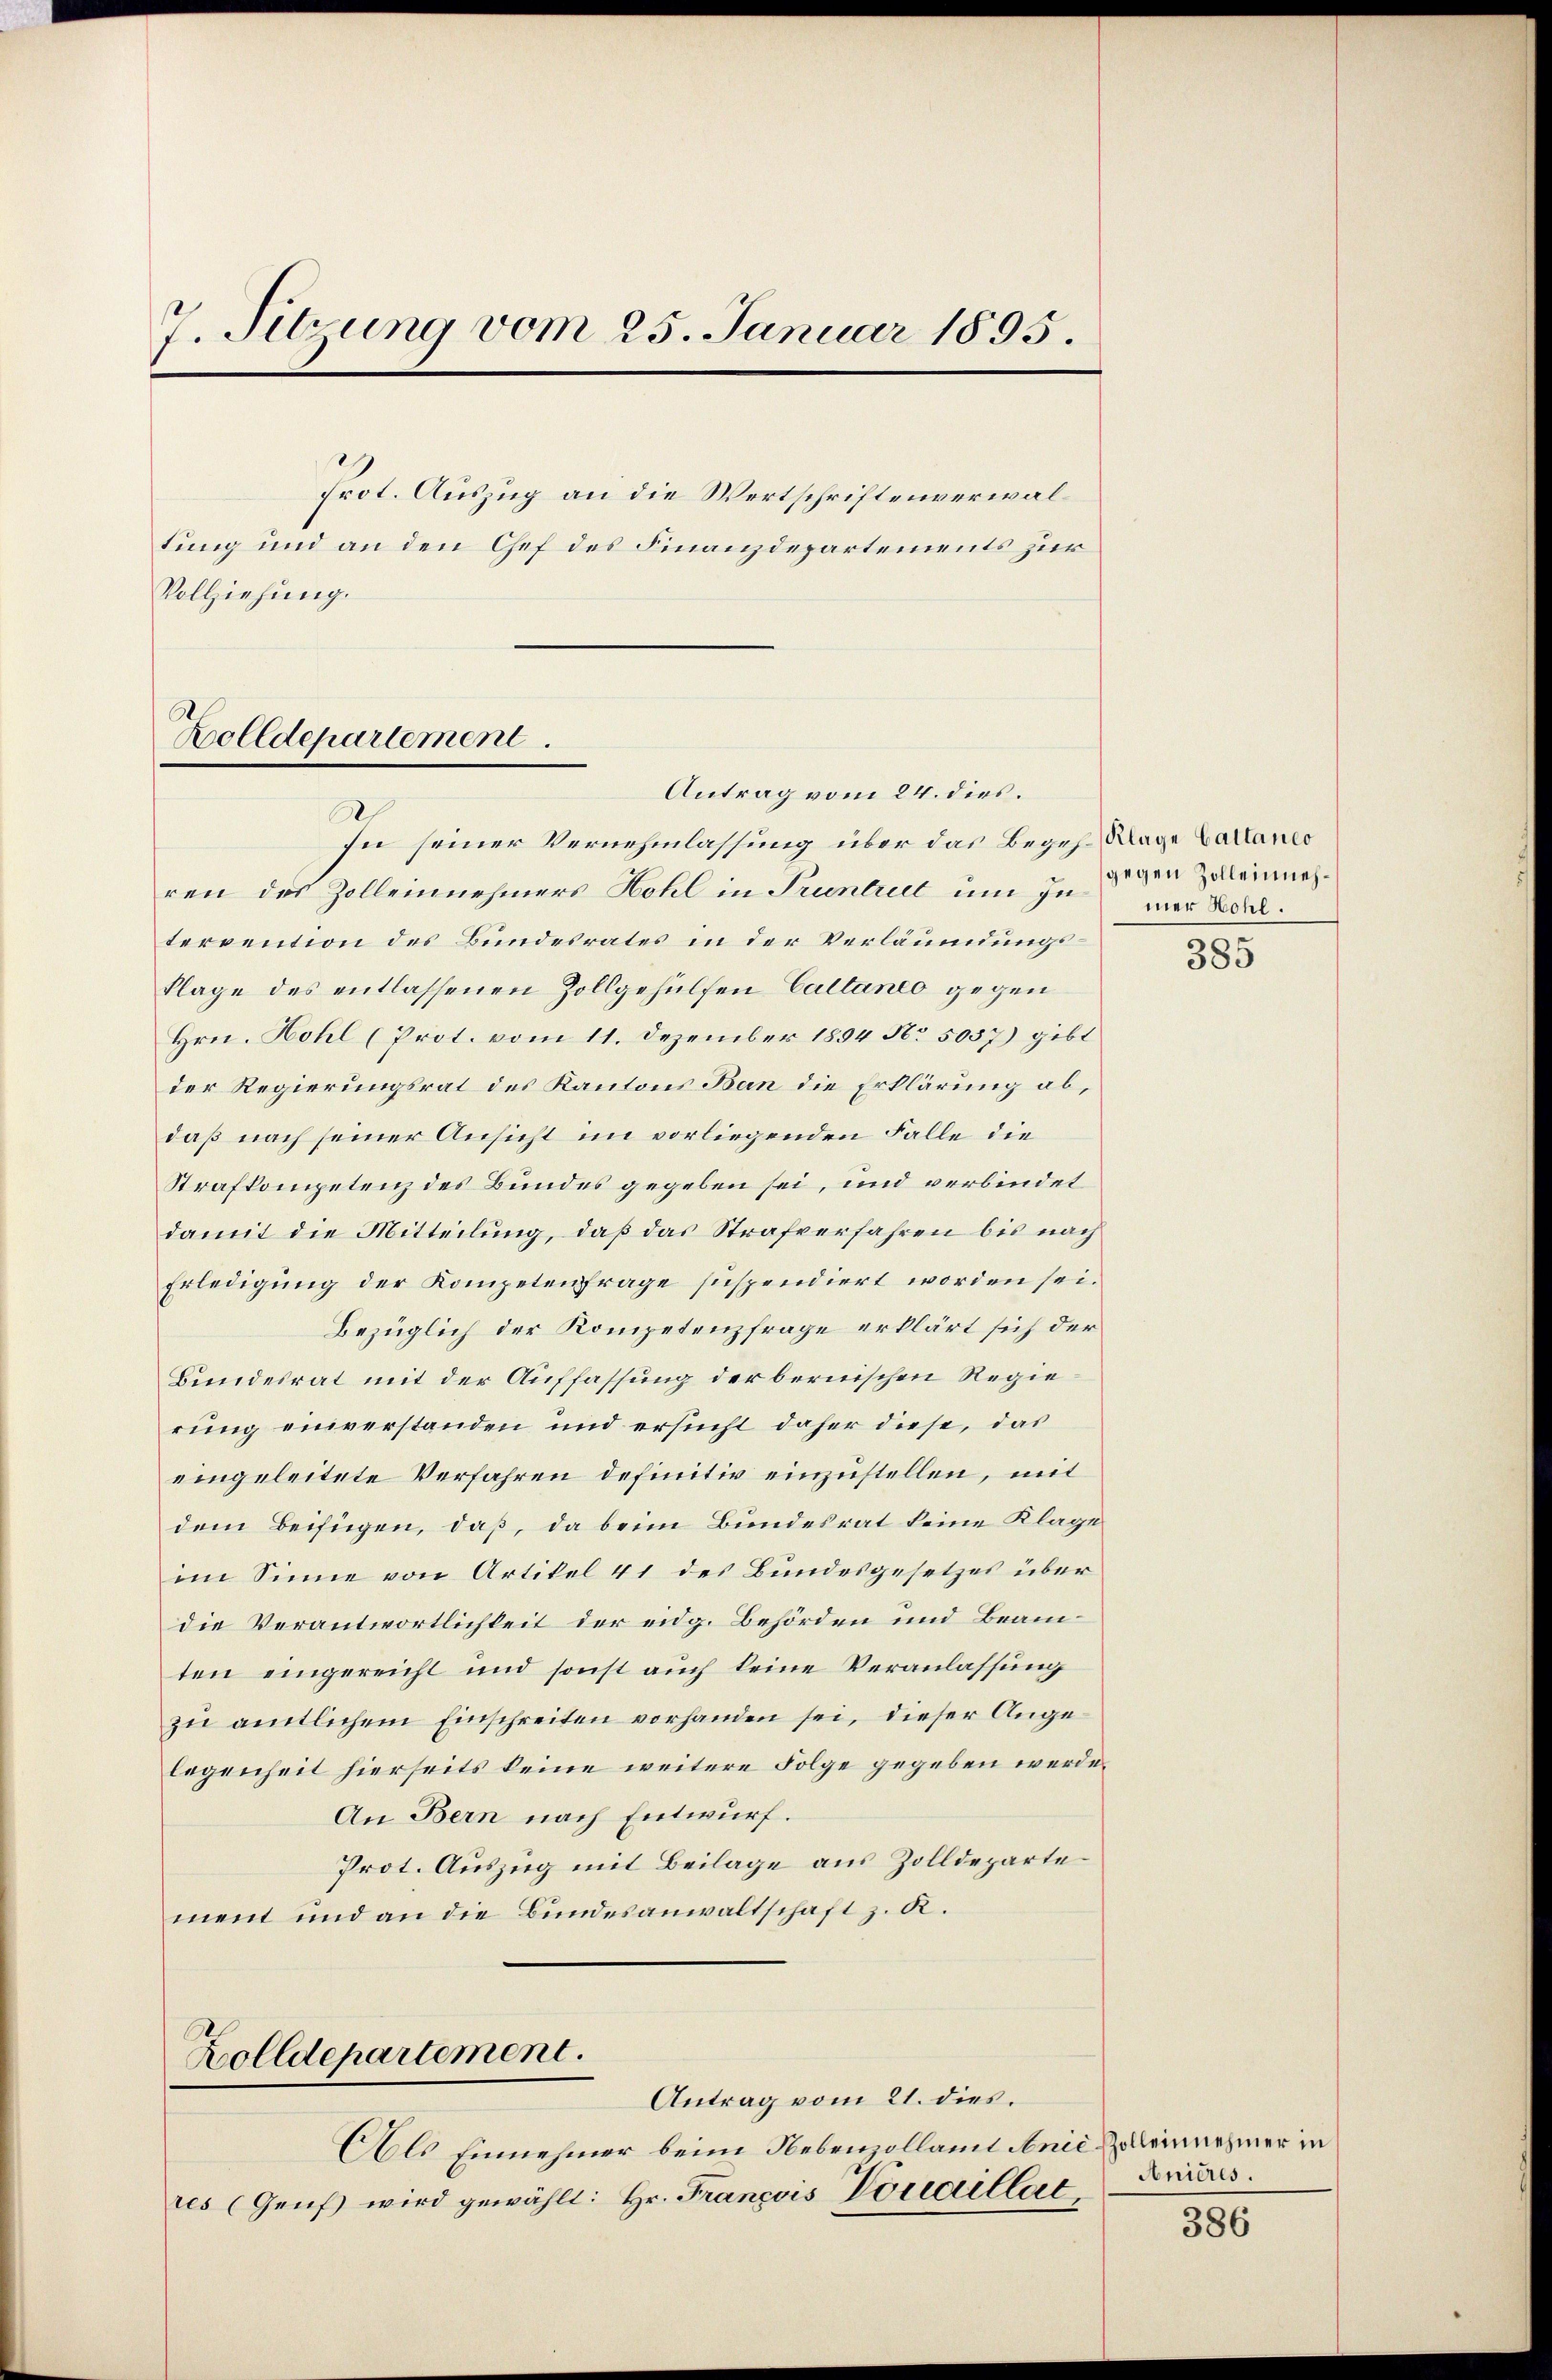
7. Sitzung vom 25. Januar 1895.
Prot. Auszug an die Wertschriftenverwaltung und an den Chef des Finanzdepartements zur
Vollziehung.
Zolldepartement
Antrag vom 24. dies.

In seiner Vernehmlassung über das Begehe Klage Calanes
ren des Zolleinnehmers Hohl in Truntrut um in der Vortervention des Bundesrates in der Verläumungsklage des entlassenen Zollgehülfen Caltaneo gegen
Hrn. Hohl (Prot. vom 11. Dezember 1894 No 5057) gibt
der Regierungsrat des Kantons Ban die Erklärung ab,
daß nach seiner Ansicht im vorliegenden Falle die
Strafkompetenz des Bundes gegeben sei, und verbindet
damit die Mitteilung, daß das Strafverfahren bis nach
Erledigung der Kompetenfrage suspendiert worden sei.
Bezüglich der Kompetenzfrage erklärt sich der
Bundesrat mit der Auffassung der bernischen Regierung einverstanden und ersucht daher diese, das
eingeleitete Verfahren definitiv einzustellen, mit
dem Beifügen, daß, da beim Bundesrat keine Klage
im Sinne von Artikel 41 des Bundesgesetzes über
die Verantwortlichkeit der eidg. Behörden und Beamten eingereicht und sonst auch keine Veranlassung
zu amtlichem Einschreiten vorhanden sei, dieser Angelegenheit hierseits keine weitere Folge gegeben werde.
An Bern nach Entwurf.
Prot. Auszug mit Beilage aus Zolldeparte
ment und an die Bundesanwaltschaft z. R.
Zolldepartement.
Antrag vom 21. dies.
Als Einnehmer beim Nebenzollamt Anić Zelleinnehmer in
res (Genf wird gewählt: Hr. Francois Vouaillat

gegen Zolleinneh¬
385

Anières.

386